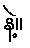
နဲ့။